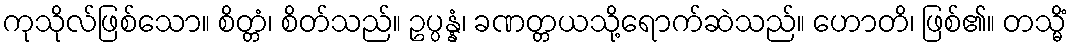
ကုသိုလ်ဖြစ်သော။ စိတ္တံ၊ စိတ်သည်။ ဥပ္ပန္နံ၊ ခဏတ္တယသို့ရောက်ဆဲသည်။ ဟောတိ၊ ဖြစ်၏။ တသ္မိံ